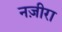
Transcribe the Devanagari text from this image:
नज़ीरा